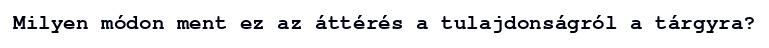
Milyen módon ment ez az áttérés a tulajdonságról a tárgyra?